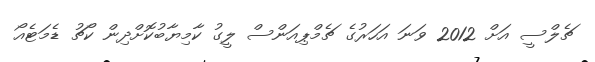
ޗެލްސީ އަށް 2012 ވަނަ އަހަރުގެ ޗެމްޕިއަންސް ލީގު ކާމިޔާބުކޮށްދިން ކޯޗު ޑެމަޓެއޯ